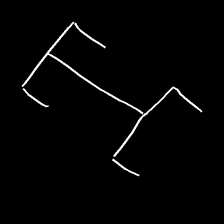
Glyph: entwine